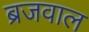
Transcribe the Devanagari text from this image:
ब्रजवाल